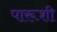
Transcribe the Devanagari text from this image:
पारूशी